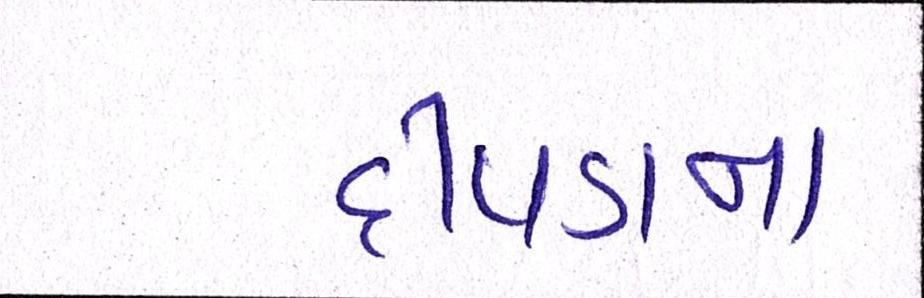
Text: દીપડાના